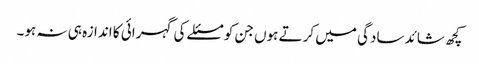
کچھ شائد سادگی میں کرتے ہوں جن کو مسئلے کی گہرائی کا اندازہ ہی نہ ہو۔